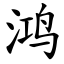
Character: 鸿